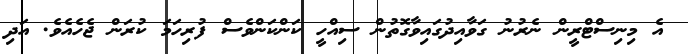
އެ މިނިސްޓްރީން ނެރުނު ގަވާއިދުގައިވާގޮތުން ސިއްހީ ކަންކަންވެސް ފުރިހަމަ ކުރަން ޖެހެއެވެ. އަދި